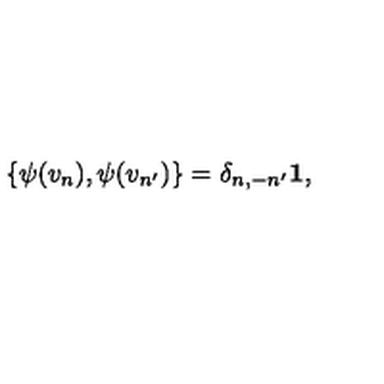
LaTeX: \{ \psi ( v _ { n } ) , \psi ( v _ { n ^ { \prime } } ) \} = \delta _ { n , - n ^ { \prime } } { \bf 1 } ,